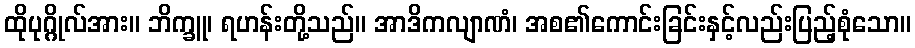
ထိုပုဂ္ဂိုလ်အား။ ဘိက္ခူ၊ ရဟန်းတို့သည်။ အာဒိကလျာဏံ၊ အစ၏ကောင်းခြင်းနှင့်လည်းပြည့်စုံသော။